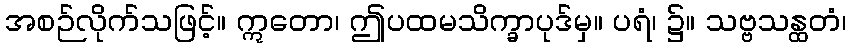
အစဉ်လိုက်သဖြင့်။ ဣတော၊ ဤပထမသိက္ခာပုဒ်မှ။ ပရံ၊ ၌။ သဗ္ဗသန္ထတံ၊